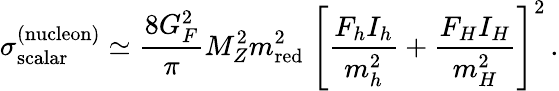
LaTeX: \sigma_{\mathrm{scalar}}^{(\mathrm{nucleon)}}\simeq\frac{8G_{F}^{2}}{\pi}M_{Z}^{2}m_{\mathrm{red}}^{2}\; \left[\frac{F_{h}I_{h}}{m_{h}^{2}}+\frac{F_{H}I_{H}}{m_{H}^{2}}\right]^{2}\, .